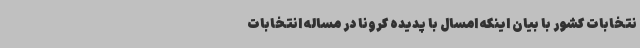
نتخابات کشور با بیان اینکه امسال با پدیده کرونا در مساله انتخابات